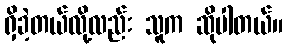
ရှိခဲ့တယ်လို့လည်း သူက ဆိုပါတယ်။